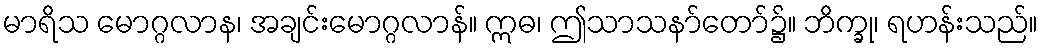
မာရိသ မောဂ္ဂလာန၊ အချင်းမောဂ္ဂလာန်။ ဣဓ၊ ဤသာသနာ်တော်၌။ ဘိက္ခု၊ ရဟန်းသည်။